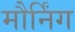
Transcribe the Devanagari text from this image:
मौर्निंग